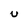
Character: U